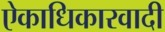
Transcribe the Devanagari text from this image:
ऐकाधिकारवादी